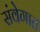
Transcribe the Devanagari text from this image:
संवेगात